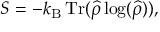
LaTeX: S = - k _ { \mathrm { B } } \operatorname { T r } ( { \widehat { \rho } } \log ( { \widehat { \rho } } ) ) ,